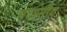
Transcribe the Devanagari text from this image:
सदस्सीय